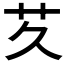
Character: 𬜢